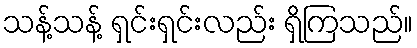
သန့်သန့် ရှင်းရှင်းလည်း ရှိကြသည်။